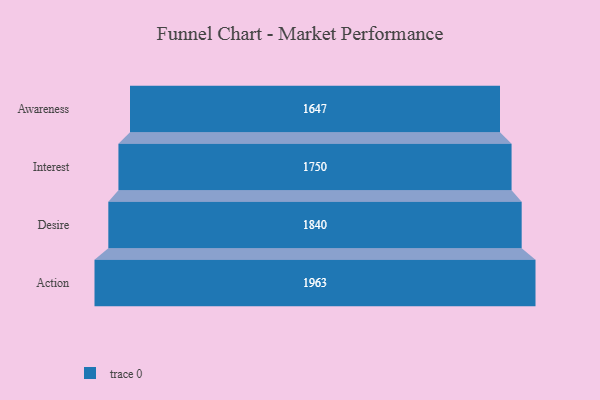
{"axis": {"x": "Stage", "y": "Value"}, "legend": [""], "data": [{"x": "Awareness", "y": 1647.0, "type": ""}, {"x": "Interest", "y": 1750.0, "type": ""}, {"x": "Desire", "y": 1840.0, "type": ""}, {"x": "Action", "y": 1963.0, "type": ""}]}